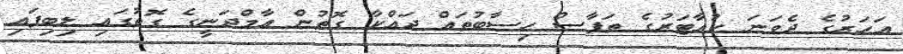
އަހަރުގެ ދެވަނަ ކުއާޓަރުގެ ތަފާސް ހިސާބުތައް ދައްކާ ގޮތުން އާމްދަނީގެ ގޮތުގައި ލިބިފައި